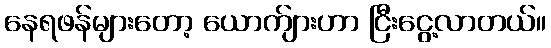
နေရဖန်များတော့ ယောက်ျားဟာ ငြီးငွေ့လာတယ်။